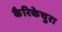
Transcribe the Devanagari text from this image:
कैरिकेचुरा